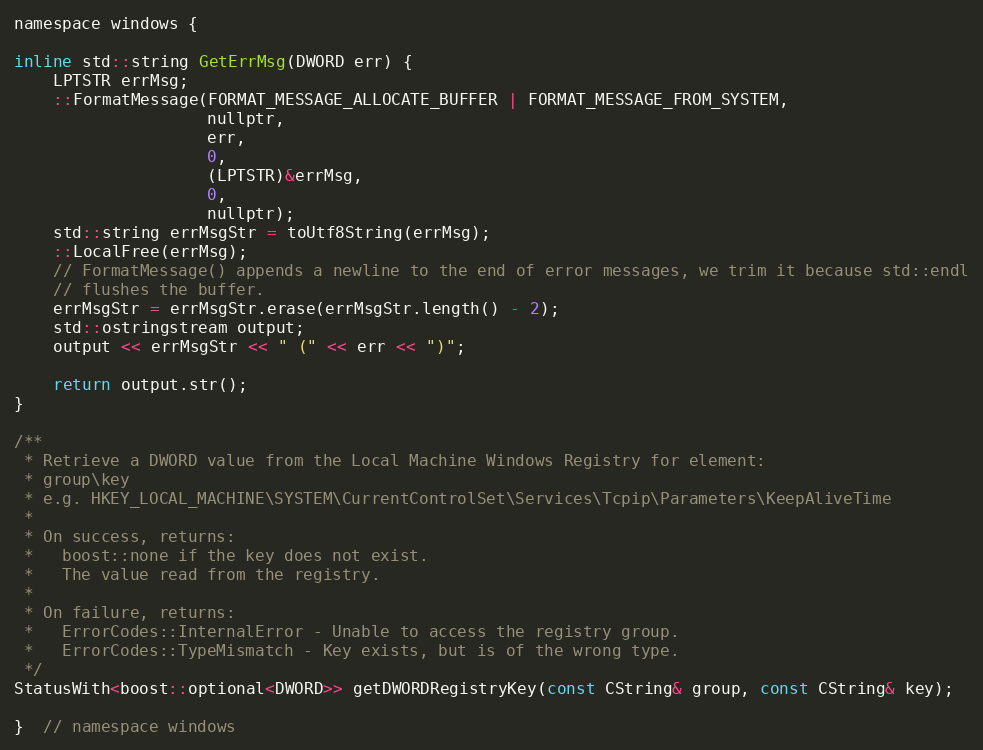
Language: C
namespace windows {

inline std::string GetErrMsg(DWORD err) {
    LPTSTR errMsg;
    ::FormatMessage(FORMAT_MESSAGE_ALLOCATE_BUFFER | FORMAT_MESSAGE_FROM_SYSTEM,
                    nullptr,
                    err,
                    0,
                    (LPTSTR)&errMsg,
                    0,
                    nullptr);
    std::string errMsgStr = toUtf8String(errMsg);
    ::LocalFree(errMsg);
    // FormatMessage() appends a newline to the end of error messages, we trim it because std::endl
    // flushes the buffer.
    errMsgStr = errMsgStr.erase(errMsgStr.length() - 2);
    std::ostringstream output;
    output << errMsgStr << " (" << err << ")";

    return output.str();
}

/**
 * Retrieve a DWORD value from the Local Machine Windows Registry for element:
 * group\key
 * e.g. HKEY_LOCAL_MACHINE\SYSTEM\CurrentControlSet\Services\Tcpip\Parameters\KeepAliveTime
 *
 * On success, returns:
 *   boost::none if the key does not exist.
 *   The value read from the registry.
 *
 * On failure, returns:
 *   ErrorCodes::InternalError - Unable to access the registry group.
 *   ErrorCodes::TypeMismatch - Key exists, but is of the wrong type.
 */
StatusWith<boost::optional<DWORD>> getDWORDRegistryKey(const CString& group, const CString& key);

}  // namespace windows